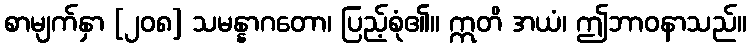
စာမျက်နှာ [၂၀၈] သမန္နာဂတော၊ ပြည့်စုံ၏။ ဣတိ အယံ၊ ဤဘာဝနာသည်။